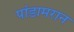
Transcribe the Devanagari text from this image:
पांडामरान